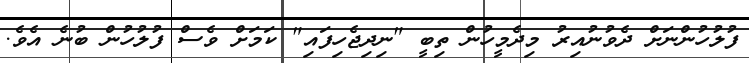
ފުލުހުންނަށް ދެވުނުއިރު މިދެމީހުން ތިބީ "ނިދިޖެހިފައި" ކަމަށް ވެސް ފުލުހުން ބުނެ އެވެ.